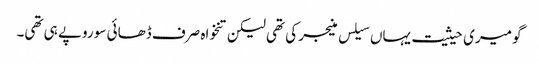
گو میری حیثیت یہاں سیلس منیجر کی تھی لیکن تنخواہ صرف ڈھائی سو روپے ہی تھی۔